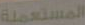
المستعملة